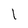
Character: l